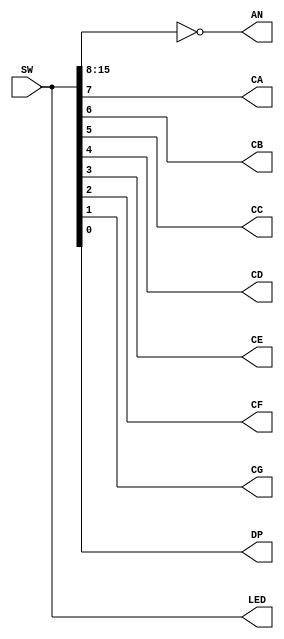
`timescale 1ns / 1ps
//////////////////////////////////////////////////////////////////////////////////
// Company: 
// Engineer: 
// 
// Design Name: 
// Module Name: _7Seg_Driver_Direct
// Project Name: 
// Target Devices: 
// Tool Versions: 
// Description: 
// 
// Dependencies: 
// 
// Revision:
// Revision 0.01 - File Created
// Additional Comments:
// 
//////////////////////////////////////////////////////////////////////////////////


module _7Seg_Driver_Direct(SW, CA, CB, CC, CD, CE, CF, CG, DP, AN, LED);
	input [15:0] SW;                          // 16
	output CA, CB, CC, CD, CE, CF, CG, DP;    // 7
	output [7:0] AN;                          // 7
	output [15:0] LED;                        // 16LED
	
	assign {CA, CB, CC, CD, CE, CF, CG, DP} = SW[7:0];
    assign AN[7:0] = ~SW[15:8];
    assign LED[15:0] = SW[15:0];
endmodule